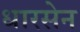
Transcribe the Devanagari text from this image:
धारसेन